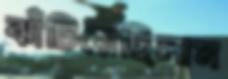
ঝাঁটিয়েছিলাম